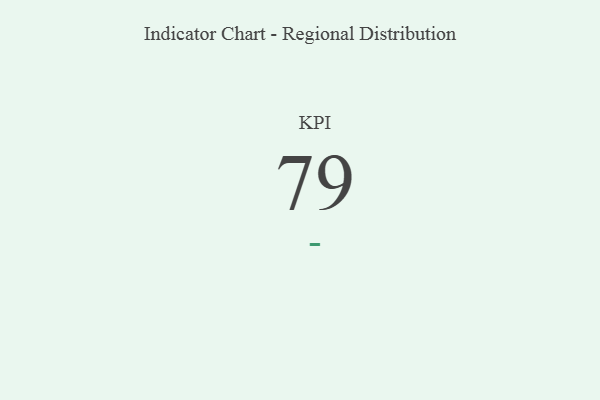
{"axis": {"x": "KPI", "y": "Value"}, "legend": [""], "data": [{"x": "KPI", "y": 79, "type": ""}]}